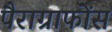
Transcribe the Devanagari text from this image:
पैराग्राफोंस